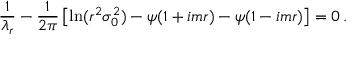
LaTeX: \frac { 1 } { \lambda _ { r } } - \frac { 1 } { 2 \pi } \left[ \ln ( r ^ { 2 } \sigma _ { 0 } ^ { 2 } ) - \psi ( 1 + i m r ) - \psi ( 1 - i m r ) \right] = 0 \, .